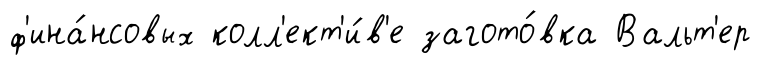
ф'ина́нсовых колл'ект'и́в'е загото́вка Вальт'ер